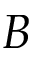
B